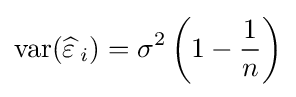
\operatorname {var} ({\widehat {\varepsilon \,}}_{i})=\sigma ^{2}\left(1-{\frac {1}{n}}\right)